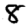
Digit: 8